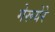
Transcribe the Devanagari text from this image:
गेरूयेरे